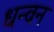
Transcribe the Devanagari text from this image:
धन्वन